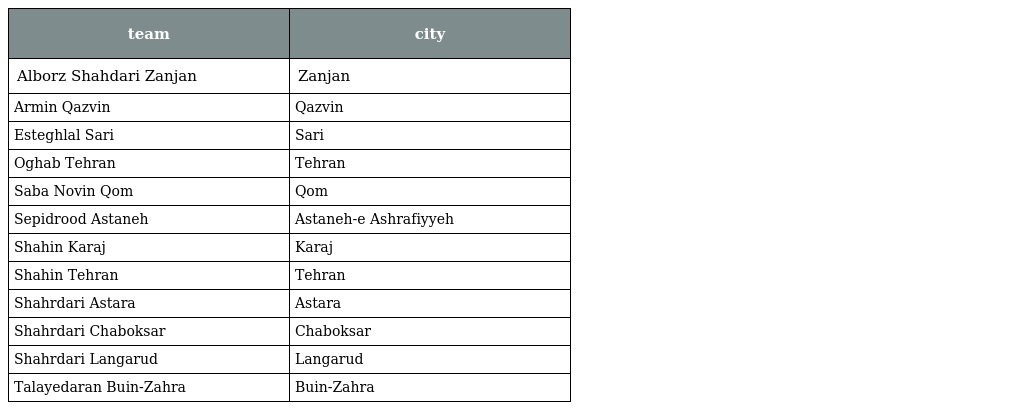
| team | city |
 | --- | --- |
 | Alborz Shahdari Zanjan | Zanjan |
 | Armin Qazvin | Qazvin |
 | Esteghlal Sari | Sari |
 | Oghab Tehran | Tehran |
 | Saba Novin Qom | Qom |
 | Sepidrood Astaneh | Astaneh-e Ashrafiyyeh |
 | Shahin Karaj | Karaj |
 | Shahin Tehran | Tehran |
 | Shahrdari Astara | Astara |
 | Shahrdari Chaboksar | Chaboksar |
 | Shahrdari Langarud | Langarud |
 | Talayedaran Buin-Zahra | Buin-Zahra |